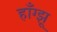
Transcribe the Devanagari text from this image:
हाँग्झू